Vabadussoja_Ajaloo_Komitee, lk 51
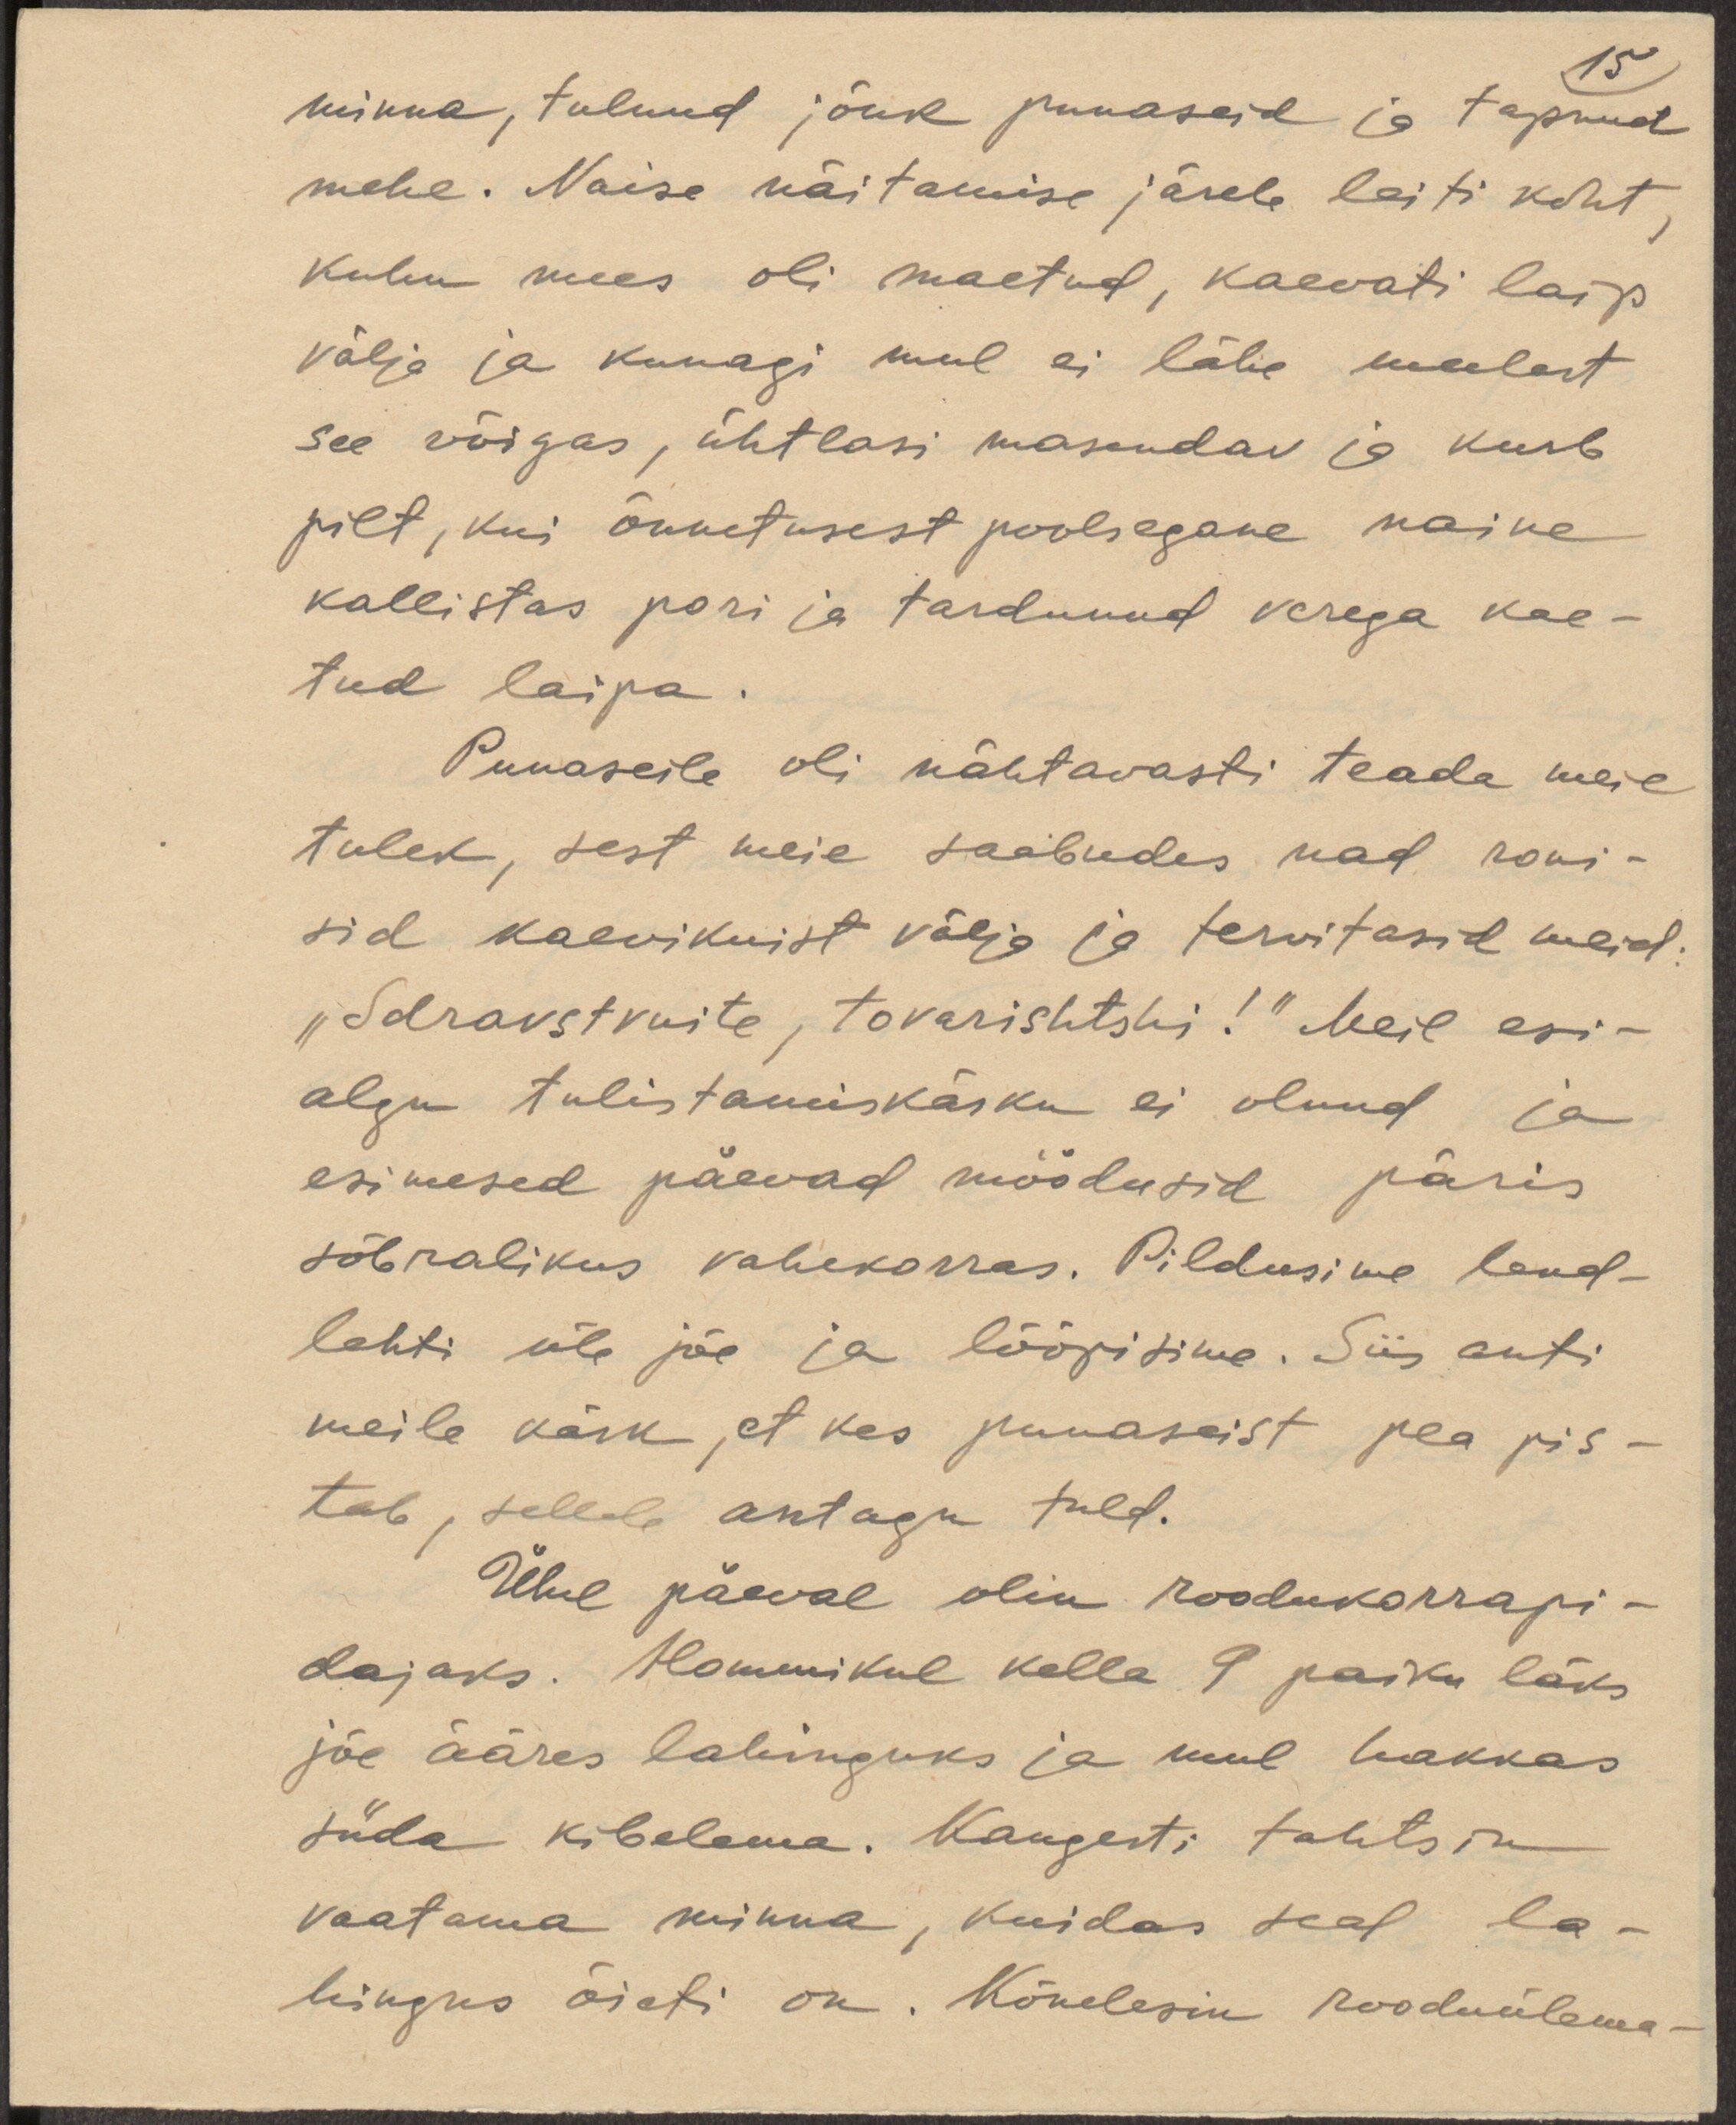
15
minna, tulnud jõuk punaseid ja tapnud
mehe. Naise näitamise järele leiti koht,
kuhu mees oli maetud, kaevati laip
välja ja kunagi mul ei lähe meelest
see võigas, ühtlasi masendav ja kurb
pilt, kui õnnetusest poolsegane naine
kallistas pori ja tardunud verega kae-
tud laipa.
Punaseile oli nähtavasti teada meie
tulek, sest meie saabudes nad roni-
sid kaevikuist välja ja tervitasid meid:
"Sdravstvuite, tovarishtski!" Meil esi-
algu tulistamiskäsku ei olnud ja
esimesed päevad möödusid päris
sõbralikus vahekorras. Pildusime lend-
lehti üle jõe ja lõõpisime. Siis anti
meile käsk, et kes punaseist pea pis-
tab, sellele antagu tuld.
Ühel päeval olin roodukorrapi-
dajaks. Hommikul kella 9 paiku läks
jõe ääres lahinguks ja mul hakkas
süda kibelema. Kangesti tahtsin
vaatama minna, kuidas seal la-
hingus õieti on. Kõnelesin rooduülema-